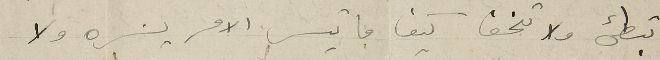
تبطىء ولا تخف كيف ما تيسر الامر يسره ولا